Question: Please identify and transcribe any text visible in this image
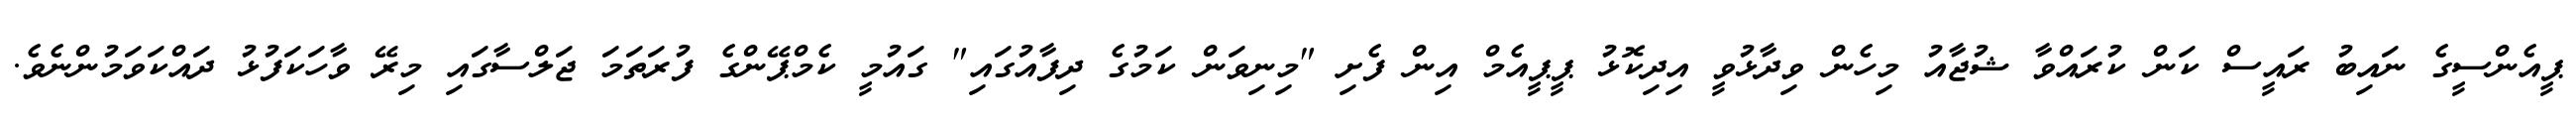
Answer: ޕީއެންސީގެ ނައިބު ރައީސް ކަން ކުރައްވާ ޝުޖާއު މިހެން ވިދާޅުވީ އިދިކޮޅު ޕީޕީއެމް އިން ފެށި "މިނިވަން ކަމުގެ ދިފާއުގައި" ގައުމީ ކެމްޕޭންގެ ފުރަތަމަ ޖަލްސާގައި މިރޭ ވާހަކަފުޅު ދައްކަވަމުންނެވެ.